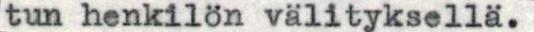
tun henkilön välityksellä.